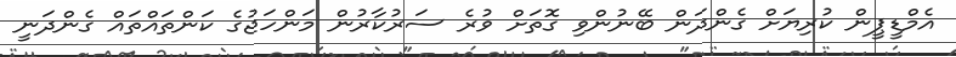
އެމްޑީޕީން ކުރިޔަށް ގެންދަން ބޭނުންވި ގޮތަށް ވުރެ ސަރުކާރުން މަންހަޖުގެ ކަންތައްތައް ގެންދަނީ